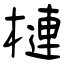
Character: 槤